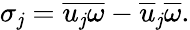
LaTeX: \sigma_{\mathit{j}}=\overline{{{u_{\mathit{j}}\omega}}}-\overline{{{u}}}_{\mathit{j}}\overline{{{\omega}}}.